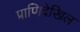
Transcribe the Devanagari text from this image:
प्राणिदेखिल